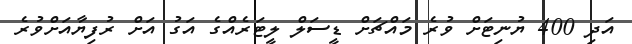
އަދި 400 ޔުނިޓަށް ވުރެ މައްޗަށް ޑީސަލް ލީޓަރެއްގެ އަގު އަށް ރުފިޔާއަށްވުރެ